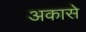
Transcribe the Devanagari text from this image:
अकासे